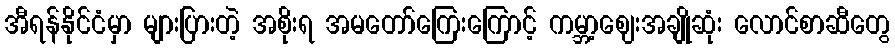
အီရန်နိုင်ငံမှာ များပြားတဲ့ အစိုးရ အမတော်ကြေးကြောင့် ကမ္ဘာ့ဈေးအချိုဆုံး လောင်စာဆီတွေ